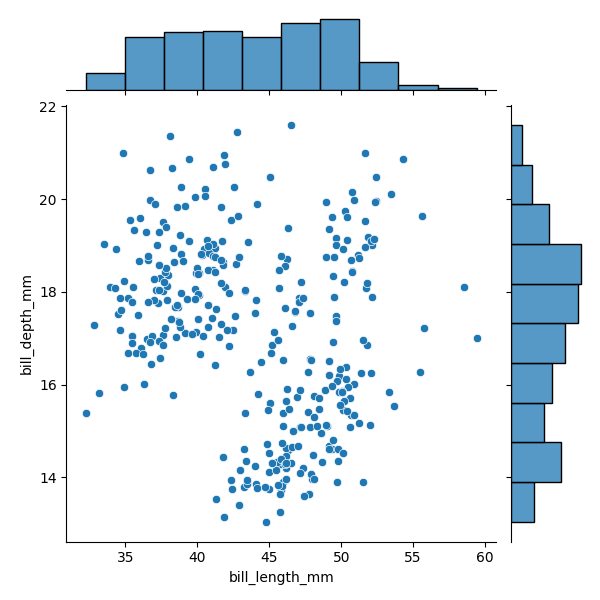
python, seaborn, JointGrid, scatterplot, histplot